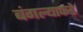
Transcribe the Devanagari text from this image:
बंगल्याकडे